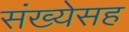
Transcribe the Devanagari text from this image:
संख्येसह